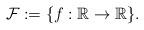
LaTeX: \begin{align*}\mathcal{F}:= \{ f: \mathbb{R}\rightarrow \mathbb{R }\}.\end{align*}